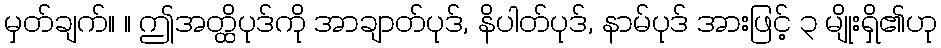
မှတ်ချက်။ ။ ဤအတ္ထိပုဒ်ကို အာချာတ်ပုဒ်, နိပါတ်ပုဒ်, နာမ်ပုဒ် အားဖြင့် ၃ မျိုးရှိ၏ဟု